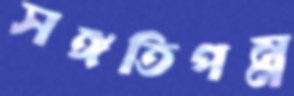
সঙ্গতিপন্ন